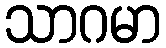
သာဂမာ